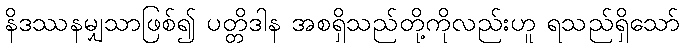
နိဒဿနမျှသာဖြစ်၍ ပတ္တိဒါန အစရှိသည်တို့ကိုလည်းဟူ ရသည်ရှိသော်